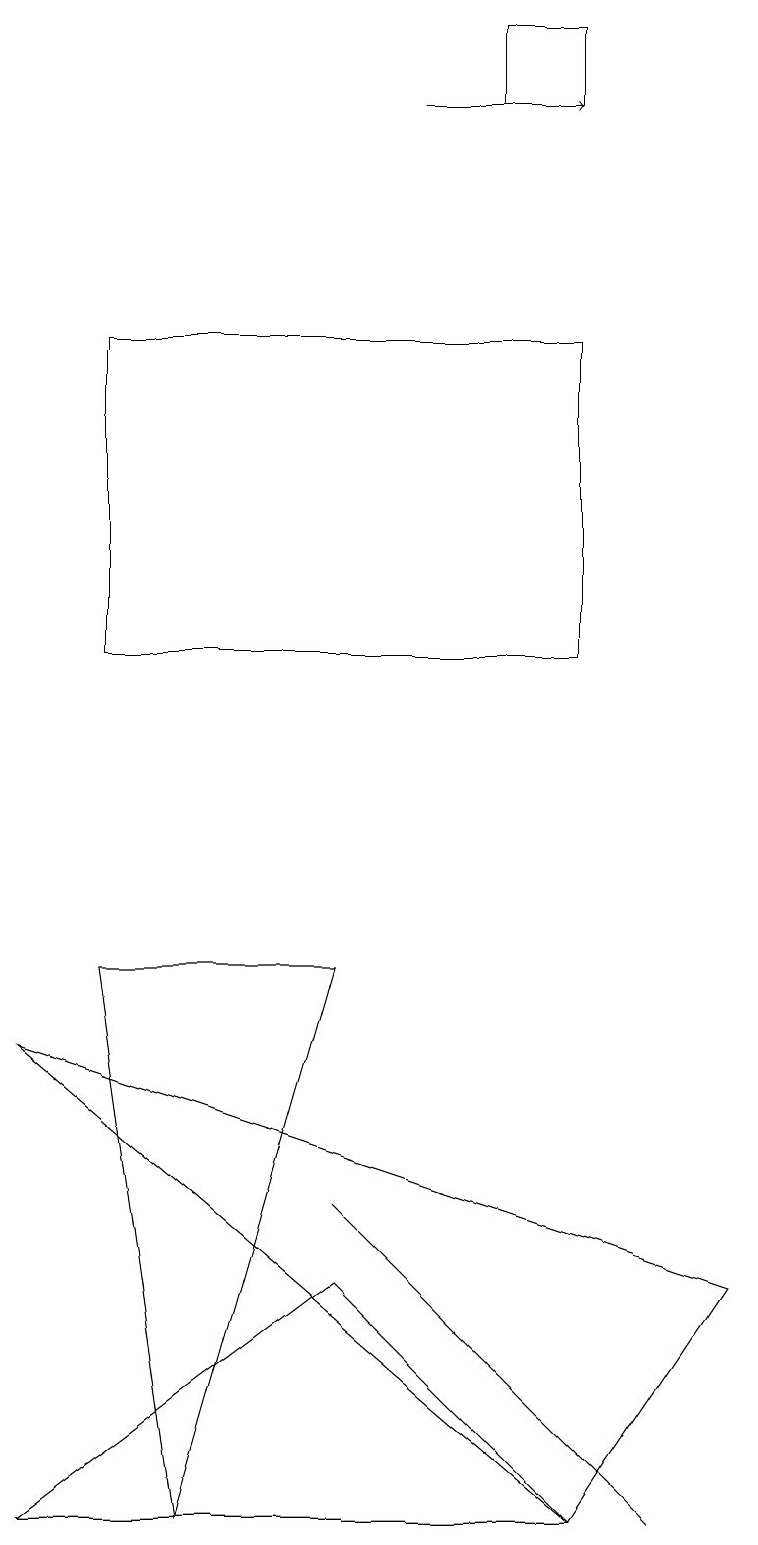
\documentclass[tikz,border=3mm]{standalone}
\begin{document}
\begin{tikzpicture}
\draw (4,7) -- (2,0) -- (1,7) -- cycle;
\draw (7,1) -- (4,4) -- (8,0) -- cycle;
\draw (1,15) rectangle (7,11);
\draw (9,3) -- (0,6) -- (7,0) -- cycle;
\draw (7,19) rectangle (6,18);
\draw (4,3) -- (7,0) -- (0,0) -- cycle;
\draw[->] (5,18) -- (7,18);
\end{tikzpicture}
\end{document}